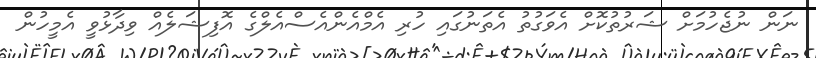
ނަން ނުޖެހުމަށް ޝަރުތުކޮށް އެވަގުތު އެތަނުގައި ހުރި އެމްއެންއެސްއެލްގެ އޮފިޝަލެއް ވިދާޅުވީ އެމީހުން